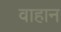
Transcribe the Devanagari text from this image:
वाहान